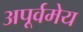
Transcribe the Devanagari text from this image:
अपूर्वमेय